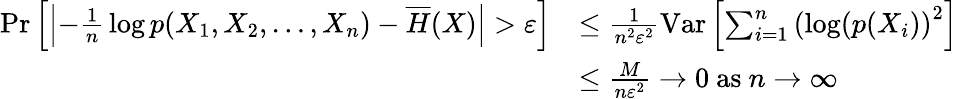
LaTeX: {\begin{array}{rl}{\operatorname*{Pr}\left[\left|-{\frac{1}{n}}\log p(X_{1},X_{2},\ldots,X_{n})-{\overline{{H}}}(X)\right|>\varepsilon\right]}&{\leq{\frac{1}{n^{2}\varepsilon^{2}}}\mathrm{Var}\left[\sum_{i=1}^{n}\left(\log(p(X_{i})\right)^{2}\right]}\\ &{\leq{\frac{M}{n\varepsilon^{2}}}\to 0{\mathrm{~as~}}n\to\infty}\end{array}}